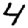
Digit: 4